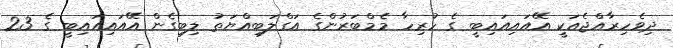
ދިވެހިރާއްޖެއަކީ އޭއައިއައިބީ ގެ ހުރިހާ މެމްބަރުންގެ އަގްލަބިއްޔަތު ލިބިގެން އޭއައިއައިބީ ގެ 23